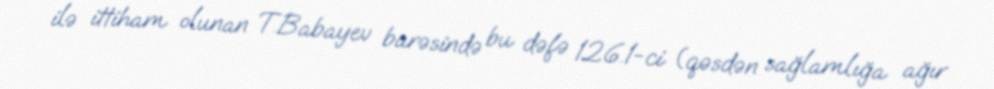
ilə ittiham olunan T.Babayev barəsində bu dəfə 126.1-ci (qəsdən sağlamlığa ağır